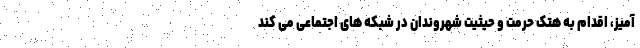
آمیز، اقدام به هتک حرمت و حیثیت شهروندان در شبکه های اجتماعی می کند